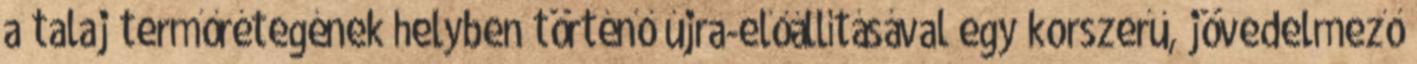
a talaj termőrétegének helyben történő újra-előállításával egy korszerű, jövedelmező